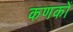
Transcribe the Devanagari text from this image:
कणकों